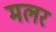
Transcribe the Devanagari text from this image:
मलर